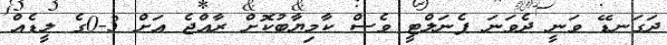
ދަގަނޑޭ ވަނީ ދެވަނަ ޕެނަލްޓީ ވެސް ކާމިޔާބުކޮށް ރާއްޖެ އަށް 3-0ގެ ލީޑެއް